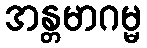
အန္တမာဂမ္မ